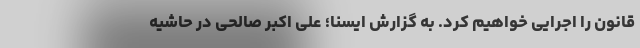
قانون را اجرایی خواهیم کرد. به گزارش ایسنا؛ علی اکبر صالحی در حاشیه